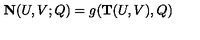
{ \bf N } ( U , V ; Q ) = g ( { \bf T } ( U , V ) , Q )